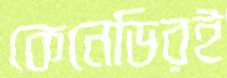
কেনেডিরই